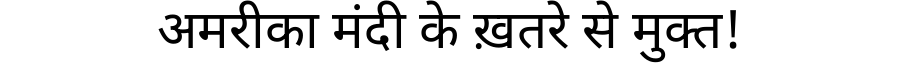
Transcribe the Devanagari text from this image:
अमरीका मंदी के ख़तरे से मुक्त!